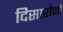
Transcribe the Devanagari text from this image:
दिसारोनो